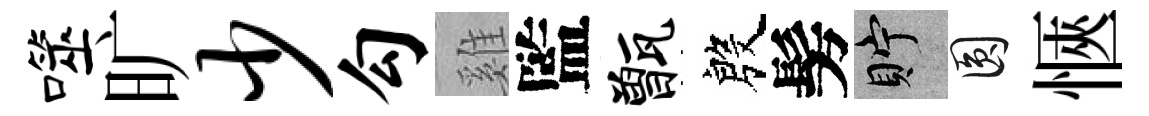
噬旷少勾雞監甑殷髣貯圓愜